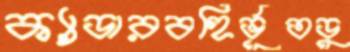
ক্যাডারবহির্ভূতডু